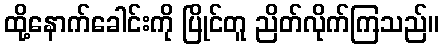
ထို့နောက်ခေါင်းကို ပြိုင်တူ ညိတ်လိုက်ကြသည်။